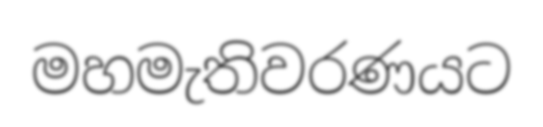
මහමැතිවරණයට